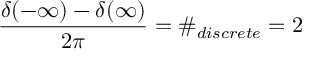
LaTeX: \frac { \delta ( - \infty ) - \delta ( \infty ) } { 2 \pi } = \# _ { d i s c r e t e } = 2